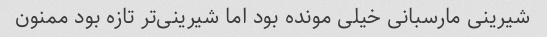
شیرینی مارسبانی خیلی مونده بود اما شیرینی‌تر تازه بود ممنون